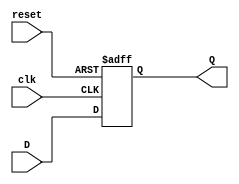
module DFlipFlop(D, clk, reset, Q);
    input D, clk, reset;
    output reg Q;

    always @ (posedge clk or posedge reset)
        if(reset) Q <= 0;
        else Q <= D;
endmodule

module SequenceGenerator(Xin, clk, reset, Yout);
    input Xin, clk, reset;
    output Yout;

    wire [2:0] Q;
    wire [2:0] D;

    assign D[2] = (Q[2] & ~Q[0]) | (Q[1] & Q[0]);
    assign D[1] = (Q[1] & ~Q[0]) | (~Q[2] & ~Q[1] & Q[0]);
    assign D[0] = (Q[1] & ~Q[0]) | (Q[2] & ~Q[0]) | (~Q[0] & Xin);

    DFlipFlop d0 (D[0], clk, reset, Q[0]);
    DFlipFlop d1 (D[1], clk, reset, Q[1]);
    DFlipFlop d2 (D[2], clk, reset, Q[2]);

    assign Yout = (Q[2] & Q[0]) | (Q[1] & Q[0]);
endmodule